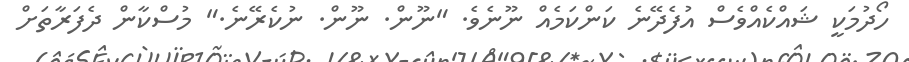
ހޯދުމަކީ ޝައްކެއްވެސް އުފެދޭނެ ކަންކަމެއް ނޫނެވެ. "ނޫން. ނޫން. ނުކެރޭނެ." މުސްކާން ދެފަރާތަށް